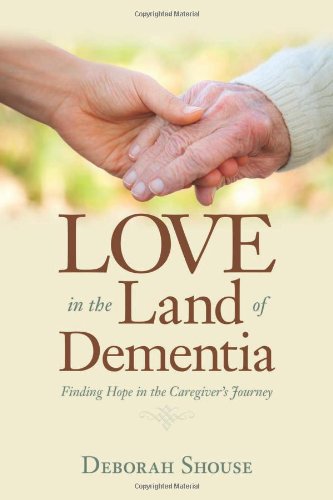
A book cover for Love in the Land of Dementia: Finding Hope in the Caregiver's Journey; Deborah Shouse; Health, Fitness & Dieting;